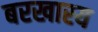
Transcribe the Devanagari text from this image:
बरखास्य